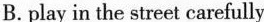
B. play in the street carefully